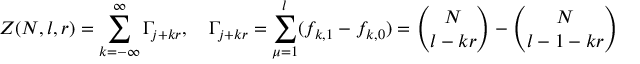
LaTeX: Z ( N , l , r ) = \sum _ { k = - \infty } ^ { \infty } \Gamma _ { j + k r } , \quad \Gamma _ { j + k r } = \sum _ { \mu = 1 } ^ { l } ( f _ { k , 1 } - f _ { k , 0 } ) = { \binom { N } { l - k r } } - { \binom { N } { l - 1 - k r } }